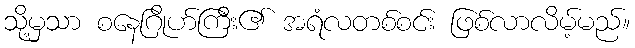
သို့မှသာ စနေဂြိုဟ်ကြီး၏ အရံလတစ်စင်း ဖြစ်လာလိမ့်မည်။